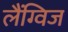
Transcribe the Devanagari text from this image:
लैंग्विज